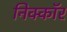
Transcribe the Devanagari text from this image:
निक्कॉर